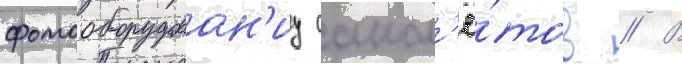
фотооборудован'иу самол'ё́тов // В